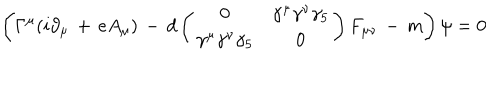
\left( \Gamma ^ { \mu } ( i \partial _ { \mu } \, + \, e A _ { \mu } ) \, - \, d \left( \begin{array} { c c } { { 0 } } & { { \gamma ^ { \mu } \gamma ^ { \nu } \gamma _ { 5 } } } \\ { { \gamma ^ { \mu } \gamma ^ { \nu } \gamma _ { 5 } } } & { { 0 } } \\ \end{array} \right) F _ { \mu \nu } \, - \, m \right) \psi = 0